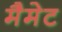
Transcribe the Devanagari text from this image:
मैमेट